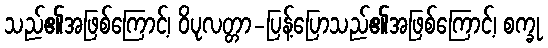
သည်၏အဖြစ်ကြောင့်၊ ဝိပုလတ္တာ-ပြန့်ပြောသည်၏အဖြစ်ကြောင့်၊ စက္ခု